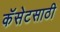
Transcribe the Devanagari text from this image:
कॅसेटसाठी